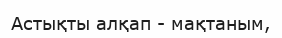
Астықты алқап - мақтаным,